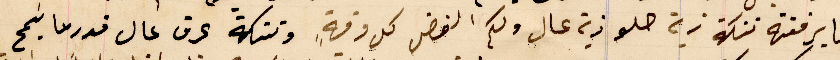
لنا برفقته تنكة زيت حلو زيت عال ولكم الفضل كل وقةٍ وتنكة عرق عال قدرما يسَمح